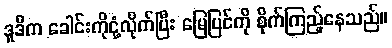
ဒူဒီက ခေါင်းကိုငုံ့လိုက်ပြီး မြေပြင်ကို စိုက်ကြည့်နေသည်။